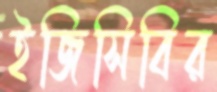
ইজিসিবির